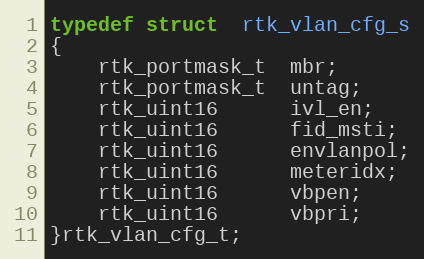
Language: C
typedef struct  rtk_vlan_cfg_s
{
    rtk_portmask_t  mbr;
    rtk_portmask_t  untag;
    rtk_uint16      ivl_en;
    rtk_uint16      fid_msti;
    rtk_uint16      envlanpol;
    rtk_uint16      meteridx;
    rtk_uint16      vbpen;
    rtk_uint16      vbpri;
}rtk_vlan_cfg_t;